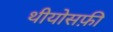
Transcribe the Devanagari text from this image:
थीयोसफ़ी